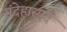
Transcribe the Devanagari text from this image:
संदेहास्‍पद